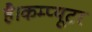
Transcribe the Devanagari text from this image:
है।कम्‍प्‍यूटर